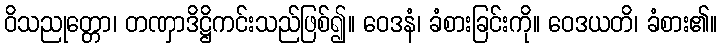
ဝိသညုတ္တော၊ တဏှာဒိဋ္ဌိကင်းသည်ဖြစ်၍။ ဝေဒနံ၊ ခံစားခြင်းကို။ ဝေဒယတိ၊ ခံစား၏။